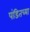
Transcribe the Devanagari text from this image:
पंडितच्या